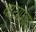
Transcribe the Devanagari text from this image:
वायानाड